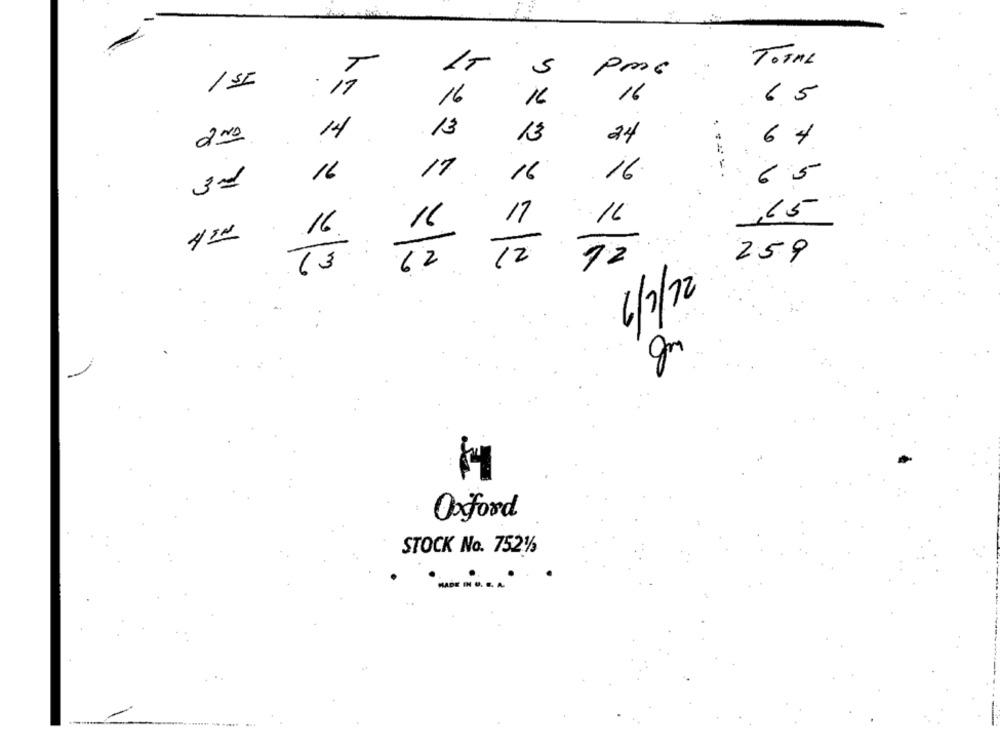
1-
TOTAL
5
Pm6
T
15
6.5
16
16
16
13
2 ND
14
13
24
6 4
16
17
16
16
6.5
31
17
16
,15
16
16
259
62
12
72
T3
6/2/2
gm
Oxford
STOCK No. 7521/3
MADE